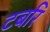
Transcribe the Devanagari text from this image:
टबरि